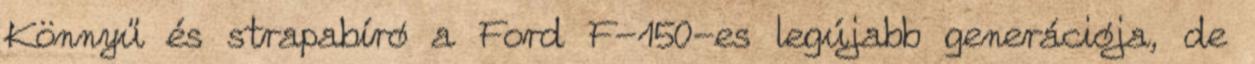
Könnyű és strapabíró a Ford F-150-es legújabb generációja, de